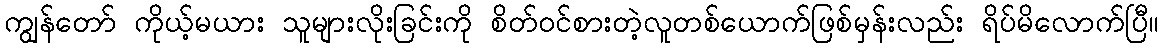
ကျွန်တော် ကိုယ့်မယား သူများလိုးခြင်းကို စိတ်ဝင်စားတဲ့လူတစ်ယောက်ဖြစ်မှန်းလည်း ရိပ်မိလောက်ပြီ။